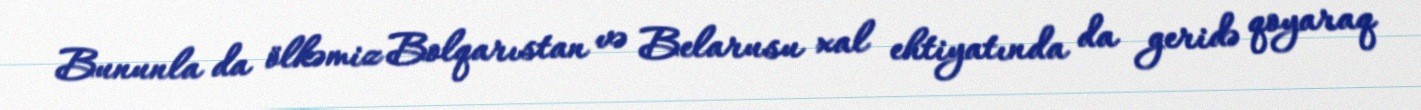
Bununla da ölkəmiz Bolqarıstan və Belarusu xal ehtiyatında da geridə qoyaraq